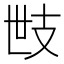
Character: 𢺿